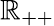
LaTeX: \mathbb{R}_{++}